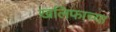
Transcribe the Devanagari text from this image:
खलिफाच्या